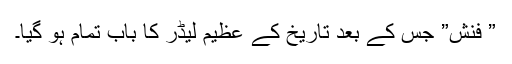
” فنش” جس کے بعد تاریخ کے عظیم لیڈر کا باب تمام ہو گیا۔